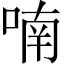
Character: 喃